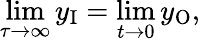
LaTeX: \operatorname*{lim}_{\tau\rightarrow\infty}y_{\mathrm{I}}=\operatorname*{lim}_{t\to 0}y_{\mathrm{O}},